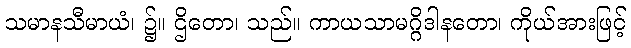
သမာနသီမာယံ၊ ၌။ ဌိတော၊ သည်။ ကာယသာမဂ္ဂိဒါနတော၊ ကိုယ်အားဖြင့်